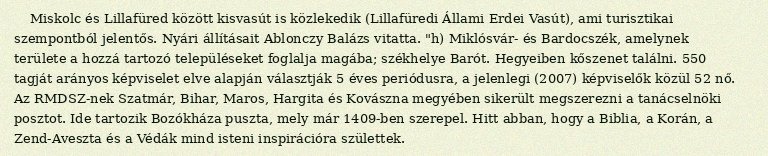
Miskolc és Lillafüred között kisvasút is közlekedik (Lillafüredi Állami Erdei Vasút), ami turisztikai szempontból jelentős. Nyári állításait Ablonczy Balázs vitatta. "h) Miklósvár- és Bardocszék, amelynek területe a hozzá tartozó településeket foglalja magába; székhelye Barót. Hegyeiben kőszenet találni. 550 tagját arányos képviselet elve alapján választják 5 éves periódusra, a jelenlegi (2007) képviselők közül 52 nő. Az RMDSZ-nek Szatmár, Bihar, Maros, Hargita és Kovászna megyében sikerült megszerezni a tanácselnöki posztot. Ide tartozik Bozókháza puszta, mely már 1409-ben szerepel. Hitt abban, hogy a Biblia, a Korán, a Zend-Aveszta és a Védák mind isteni inspirációra születtek.